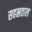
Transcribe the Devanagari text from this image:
सहस्रताल